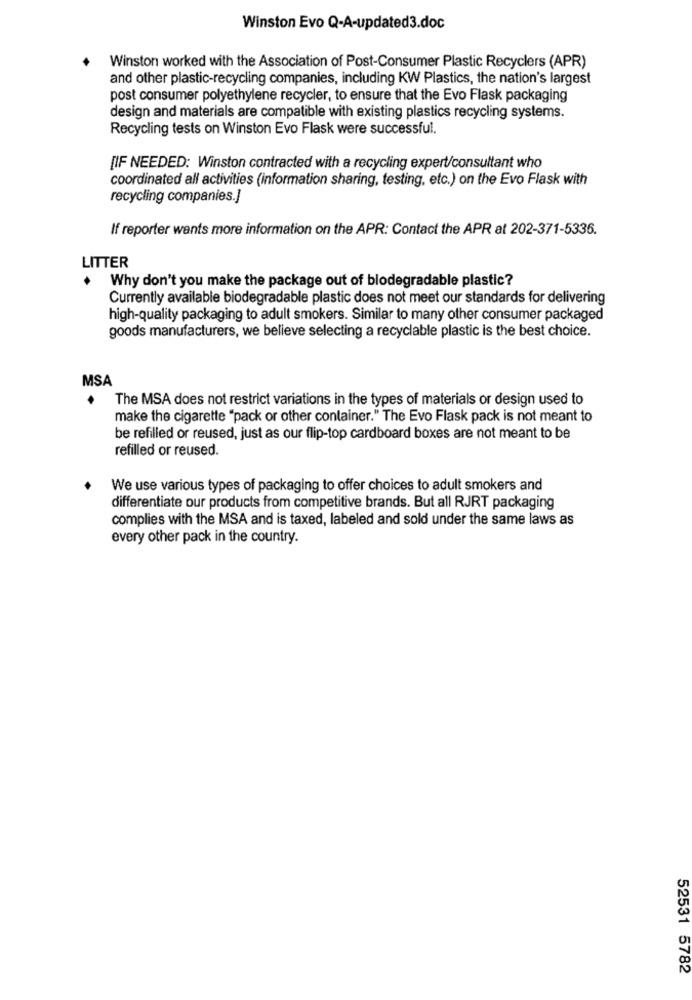
Winston Evo Q-A-updated3.doc
Winston worked with the Association of Post-Consumer Plastic Recyclers (APR)
and other plastic-recycling companies, including KW Plastics, the nation's largest
post consumer polyethylene recycler, to ensure that the Evo Flask packaging
design and materials are compatible with existing plastics recycling systems.
Recycling tests on Winston Evo Flask were successful.
[IF NEEDED: Winston contracted with a recycling expert/consultant who
coordinated all activities (information sharing, testing, etc.) on the Evo Flask with
recycling companies.]
If reporter wants more information on the APR: Contact the APR at 202-371-5336.
LITTER
Why don't you make the package out of blodegradable plastic?
Currently available biodegradable plastic does not meet our standards for delivering
high-quality packaging to adult smokers. Similar to many other consumer packaged
goods manufacturers, we believe selecting a recyclable plastic is the best choice.
MSA
The MSA does not restrict variations in the types of materials or design used to
make the cigarette "pack or other container." The Evo Flask pack is not meant to
be refilled or reused, just as our flip-top cardboard boxes are not meant to be
refilled or reused.
We use various types of packaging to offer choices to adult smokers and
differentiate our products from competitive brands. But all RJRT packaging
complies with the MSA and is taxed, labeled and sold under the same laws as
every other pack in the country.
52531 5782